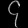
Digit: ၄